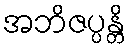
အဘိဇပ္ပန္တိ